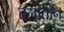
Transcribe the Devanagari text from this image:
बलातोन